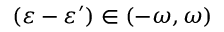
( \varepsilon - \varepsilon ^ { \prime } ) \in ( - \omega , \omega )